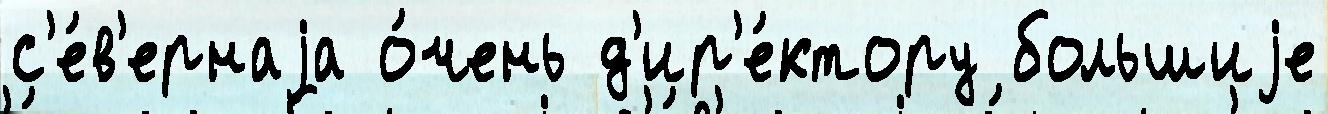
с'е́в'ернаjа о́чень д'ир'е́ктору большиjе